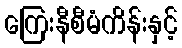
ကြေးနီစီမံကိန်းနှင့်